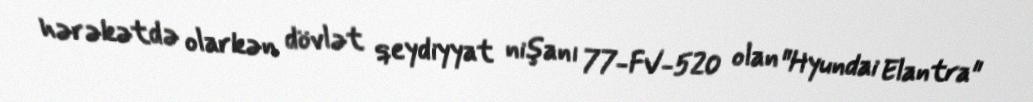
hərəkətdə olarkən dövlət qeydiyyat nişanı 77-FV-520 olan "Hyundai Elantra"